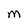
Character: M